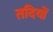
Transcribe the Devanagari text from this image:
तदियों